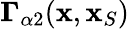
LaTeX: {\mathbf\Gamma}_{\alpha 2}({\mathbf x},{\mathbf x}_{S})